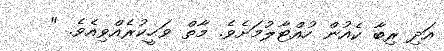
އަދި ރިބާ ކެއުން ހުއްޓާލުމަށެވެ. މާތް ވަޙީކުރެއްވިއެވެ. "